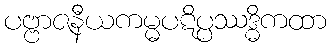
ပဗ္ဗာဇနီယကမ္မပဋိပ္ပဿဒ္ဓိကထာ